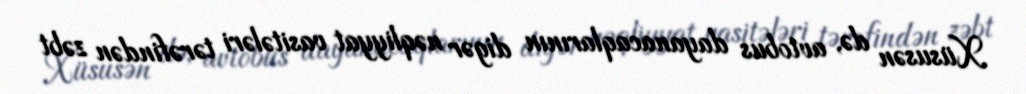
Xüsusən də, avtobus dayanacaqlarının digər nəqliyyat vasitələri tərəfindən zəbt